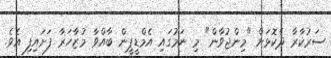
ސަރުކާރާ ދެކޮޅަށް "މިންޖުވާން" މި ނަމުގައި އެމްޑީޕީން ބާއްވާ މުޒާހަރާ ފަށައިފި އެވެ.